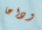
وداعا